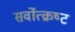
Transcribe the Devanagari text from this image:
सर्वोत्‍क्रष्‍ट